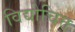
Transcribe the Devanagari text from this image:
विद्योचित्त